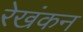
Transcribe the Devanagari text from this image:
रेखंकन